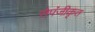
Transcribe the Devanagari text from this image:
सेपंजीकृत